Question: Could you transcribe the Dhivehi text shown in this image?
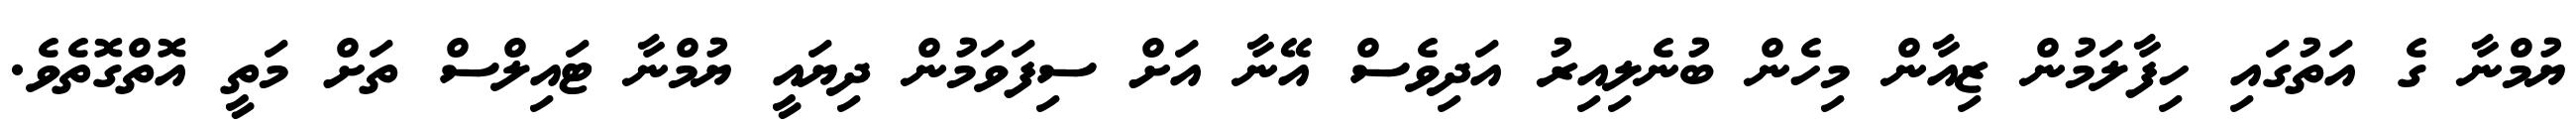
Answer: ޔުމްނާ ގެ އަތުގައި ހިފާލަމުން ޒިއާން މިހެން ބުނެލިއިރު އަދިވެސް އޭނާ އަށް ސިފަވަމުން ދިޔައީ ޔުމްނާ ޓައިލްސް ތަށް މަތީ އޮތްގޮތެވެ.